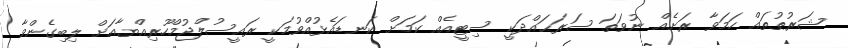
ޝަރުޠުތައް ހަމަވާ ރަށެއް ނުވަތަ ސަރަޙައްދަކީ ސިޓީއެއް ކަމަށް ކަނޑައެޅުއްވުމަކީ ރައީސުލްޖުމްހޫރިއްޔާއަށް ލިބިގެންވާ